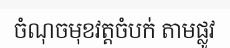
ចំណុចមុខវត្តចំបក់ តាមផ្លូវ